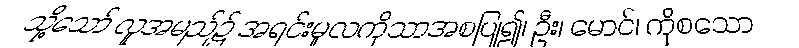
သို့သော် လူအမည်၌ အရင်းမူလကိုသာအစပြု၍၊ ဦး၊ မောင်၊ ကိုစသော